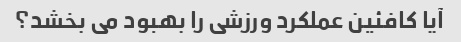
آیا کافئین عملکرد ورزشی را بهبود می بخشد؟